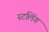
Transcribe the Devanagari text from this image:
स्टलिंग